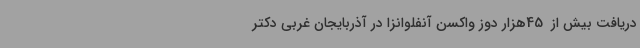
دریافت بیش از  45هزار دوز واکسن آنفلوانزا در آذربایجان غربی دکتر